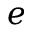
e